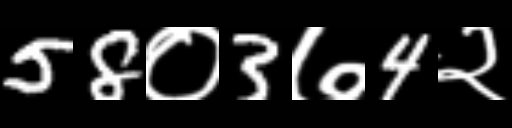
Text: 58०3७4२